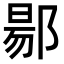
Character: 𬪌